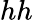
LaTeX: hh